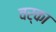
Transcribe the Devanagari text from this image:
वर्का